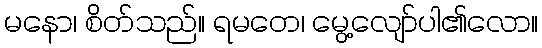
မနော၊ စိတ်သည်။ ရမတေ၊ မွေ့လျော်ပါ၏လော။